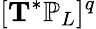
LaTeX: [\mathbf{T}^{*}\mathbb{P}_{L}]^{q}